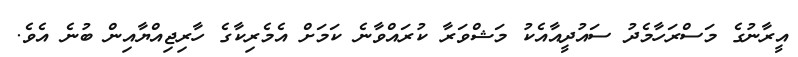
އީރާނުގެ މަސްރަހާމެދު ސައުދީއާއެކު މަޝްވަރާ ކުރައްވާނެ ކަމަށް އެމެރިކާގެ ހާރިޖިއްޔާއިން ބުނެ އެވެ.